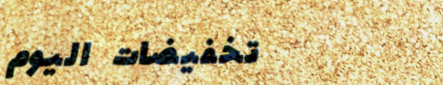
تخفيضات اليوم